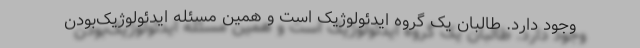
وجود دارد. طالبان یک گروه ایدئولوژیک است و همین مسئله ایدئولوژیک‌بودن